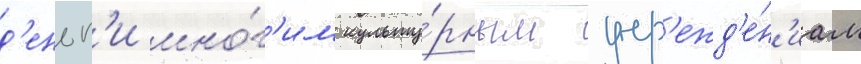
д'еньг'и мно́г'им культу́рным учр'ежд'е́н'иам